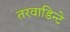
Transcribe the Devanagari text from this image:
तरवाडिन्टे